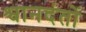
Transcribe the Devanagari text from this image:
श्वानदंतों